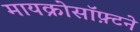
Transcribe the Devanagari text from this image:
मायक्रोसॉफ़्टने